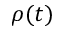
\rho ( t )